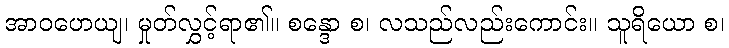
အာဝဟေယျ၊ မှုတ်လွှင့်ရာ၏။ စန္ဒော စ၊ လသည်လည်းကောင်း။ သူရိယော စ၊